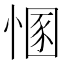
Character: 㥵